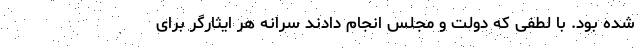
شده بود. با لطفی که دولت و مجلس انجام دادند سرانه هر ایثارگر برای